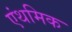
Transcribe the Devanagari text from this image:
एंथमिक